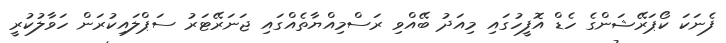
ފެނަކަ ކޯޕަރޭޝަންގެ ހެޑް އޮފީހުގައި މިއަދު ބޭއްވި ރަސްމިއްޔާތެއްގައި ޖަނަރޭޓަރު ސަޕްލައިކުރަން ހަވާލުކުރީ